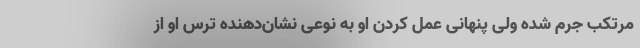
مرتکب جرم شده ولی پنهانی عمل کردن او به نوعی نشان‌دهنده ترس او از